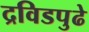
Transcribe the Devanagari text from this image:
द्रविडपुढे